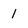
Character: I